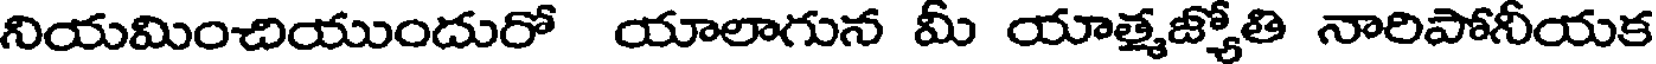
నియమించియుందురో యాలాగున మీ యాత్మజ్యోతి నారిపోనీయక